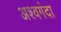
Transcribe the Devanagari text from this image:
अश्वगंदा